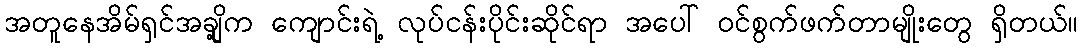
အတူနေအိမ်ရှင်အချို့က ကျောင်းရဲ့ လုပ်ငန်းပိုင်းဆိုင်ရာ အပေါ် ဝင်စွက်ဖက်တာမျိုးတွေ ရှိတယ်။